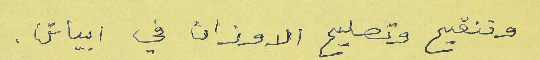
وتنقيح وتصليح الاوزان في ابياتن.